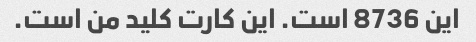
این 8736 است. این کارت کلید من است.